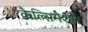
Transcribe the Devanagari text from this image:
कैल्सिनेशन